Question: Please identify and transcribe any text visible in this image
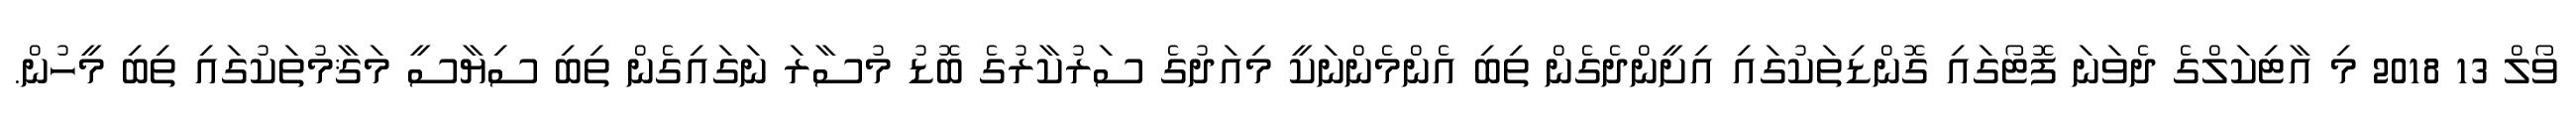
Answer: ވޯލް 13 2018 މި އާޓިކަލްގެ ދެވަނަ ފޮޓޯގައި ގޮންޑިތަކުގައި އިށީންދެގެން ތިބި އެންމެންނަކީ މިއަދުގެ ސަރުކާރުގެ ބޮޑު މުސާރަ ނަގައިގެން ތިބި ސިޔާސީ މަޤާމުތަކުގައި ތިބި މީހުން.